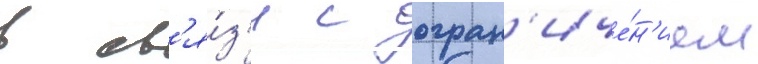
в св'я́з'и с огран'иче́н'ием